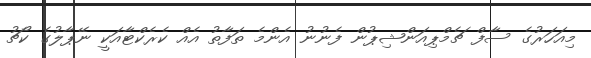
މިއަހަރުގެ ސާފް ޗެމްޕިއަންޝިޕުން ފެނުނު އެންމެ ތަފާތު އެއް ކެރެކްޓާއަކީ ނޭޕާލުގެ ކޯޗު